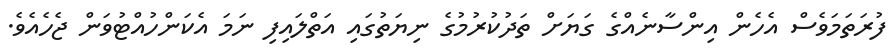
ފުރަތަމަވެސް އެހެން އިންސާނެއްގެ ގަޔަށް ތަދުކުރުމުގެ ނިޔަތުގައި އަތްލައިފި ނަމަ އެކަންހުއްޓުވަން ޖެހެއެވެ.